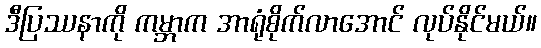
ဒီပြဿနာကို ကမ္ဘာက အာရုံစိုက်လာအောင် လုပ်နိုင်မယ်။